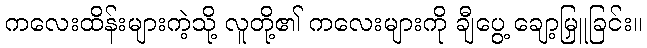
ကလေးထိန်းများကဲ့သို့ လူတို့၏ ကလေးများကို ချီပွေ့ ချော့မြှူခြင်း။